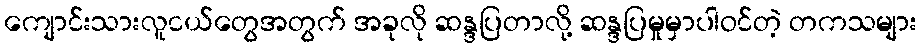
ကျောင်းသားလူငယ်တွေအတွက် အခုလို ဆန္ဒပြတာလို့ ဆန္ဒပြမှုမှာပါဝင်တဲ့ တကသများ